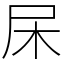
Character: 杘